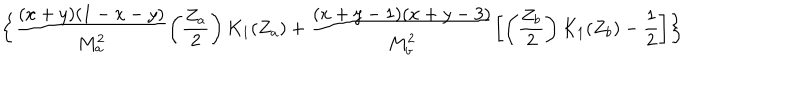
\biggl \{ \frac { ( x + y ) ( 1 - x - y ) } { M _ { a } ^ { 2 } } \left( \frac { Z _ { a } } { 2 } \right) K _ { 1 } ( Z _ { a } ) + \frac { ( x + y - 1 ) ( x + y - 3 ) } { M _ { b } ^ { 2 } } \biggl [ \left( \frac { Z _ { b } } { 2 } \right) K _ { 1 } ( Z _ { b } ) - \frac { 1 } { 2 } \biggr ] \biggr \}